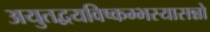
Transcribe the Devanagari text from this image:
अयुतद्वयविष्कम्भस्यासन्नो